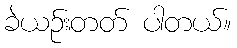
ခဲယဉ်းတတ် ပါတယ်။